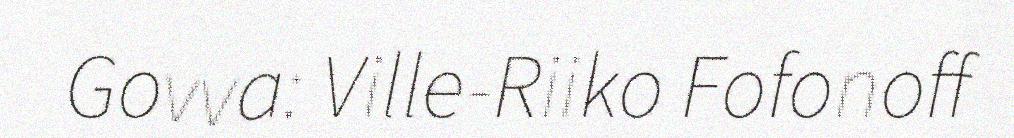
Govva: Ville-Riiko Fofonoff